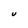
Character: U